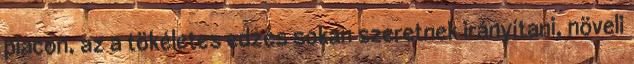
piacon, az a tökéletes edzés sokan szeretnek irányítani, növeli